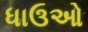
ધાઉઓ